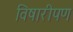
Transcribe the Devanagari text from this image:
विषारीपण